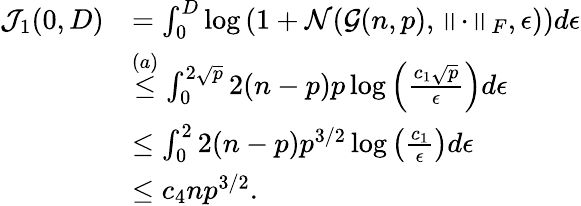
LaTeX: \begin{array}{rl}{\mathcal{J}_{1}(0,D)}&{=\int_{0}^{D}\log\left(1+\mathcal{N}(\mathcal{G}(n,p),\left\lVert\cdot\right\rVert_{F},\epsilon)\right)d\epsilon}\\ &{\stackrel{(a)}{\leq}\int_{0}^{2\sqrt{p}}2(n-p)p\log\left(\frac{c_{1}\sqrt{p}}{\epsilon}\right)d\epsilon}\\ &{\leq\int_{0}^{2}2(n-p)p^{3/2}\log\left(\frac{c_{1}}{\epsilon}\right)d\epsilon}\\ &{\leq c_{4}np^{3/2}.}\end{array}